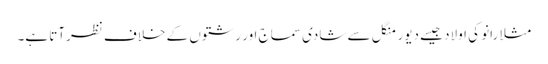
مثلا رانو کی اولاد جیسے دیور منگل سے شادی سماج اور رشتوں کے خلاف نظرآتا ہے۔